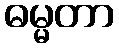
ဓမ္မတာ